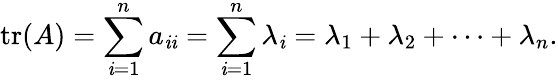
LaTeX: \operatorname{tr}(A)=\sum_{\mathit{i}=1}^{n}a_{\mathit{i}\mathit{i}}=\sum_{\mathit{i}=1}^{n}\lambda_{\mathit{i}}=\lambda_{1}+\lambda_{2}+\cdots+\lambda_{n}.